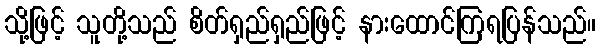
သို့ဖြင့် သူတို့သည် စိတ်ရှည်ရှည်ဖြင့် နားထောင်ကြရပြန်သည်။